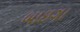
બાઇગા